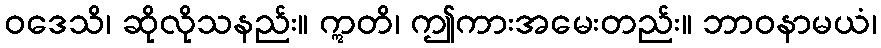
ဝဒေသိ၊ ဆိုလိုသနည်း။ ဣတိ၊ ဤကားအမေးတည်း။ ဘာဝနာမယံ၊